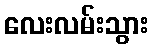
လေးလမ်းသွား